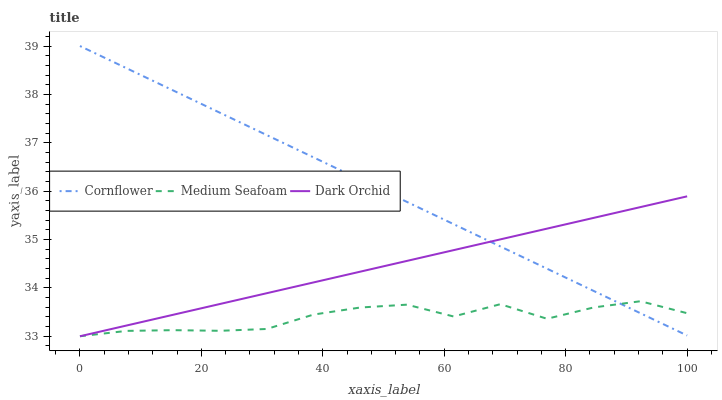
| xaxis_label | Cornflower | Medium Seafoam | Dark Orchid |
 | --- | --- | --- | --- |
 | 0 | 39 | 33 | 33 |
 | 7.69 | 38.5 | 33.1 | 33.2 |
 | 15.4 | 38.1 | 33.1 | 33.4 |
 | 23.1 | 37.6 | 33.1 | 33.7 |
 | 30.8 | 37.2 | 33.2 | 33.9 |
 | 38.5 | 36.7 | 33.4 | 34.1 |
 | 46.2 | 36.2 | 33.6 | 34.3 |
 | 53.8 | 35.8 | 33.7 | 34.6 |
 | 61.5 | 35.3 | 33.4 | 34.8 |
 | 69.2 | 34.9 | 33.7 | 35 |
 | 76.9 | 34.4 | 33.4 | 35.2 |
 | 84.6 | 33.9 | 33.6 | 35.4 |
 | 92.3 | 33.5 | 33.7 | 35.7 |
 | 100 | 33 | 33.5 | 35.9 |